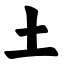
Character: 土